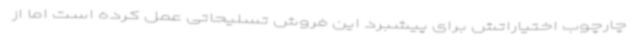
چارچوب اختیاراتش برای پیشبرد این فروش تسلیحاتی عمل کرده است اما از